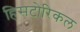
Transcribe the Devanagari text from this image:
हिसटोरिकल